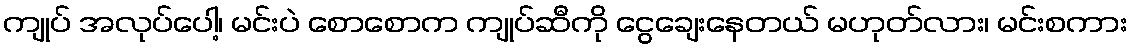
ကျုပ် အလုပ်ပေါ့၊ မင်းပဲ စောစောက ကျုပ်ဆီကို ငွေချေးနေတယ် မဟုတ်လား၊ မင်းစကား